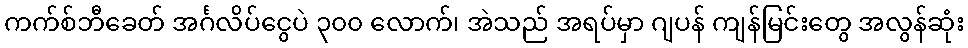
ကက်စ်ဘီခေတ် အင်္ဂလိပ်ငွေပဲ ၃၀၀ လောက်၊ အဲသည် အရပ်မှာ ဂျပန် ကျန်မြင်းတွေ အလွန်ဆုံး